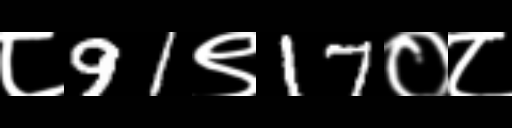
Text: ८91९17०८